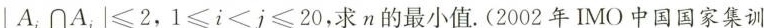
│A_{i}\capA_{j}|≤2，1≤i≤j≤20，求n的最小值。(2002年IMO中国国家集训